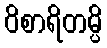
ဝိစာရိတမ္ပိ